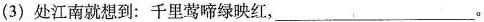
(3) 处江南就想到：千里莺啼绿映红，___。